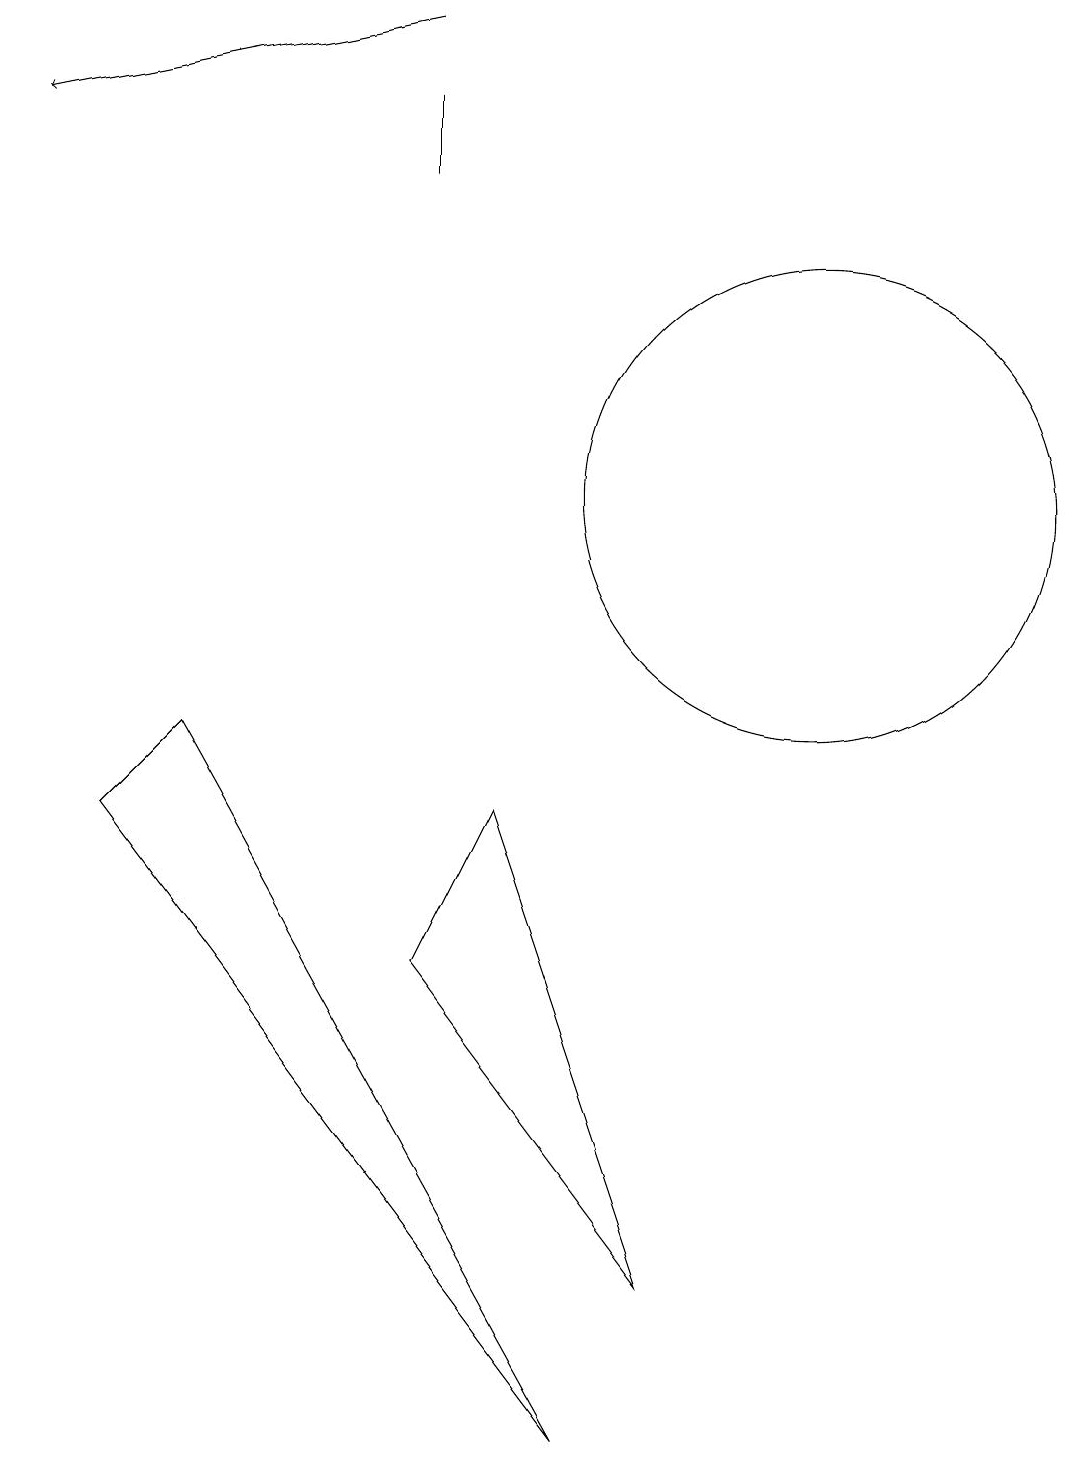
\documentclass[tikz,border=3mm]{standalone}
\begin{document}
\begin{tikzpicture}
\draw (1,8) -- (2,9) -- (7,0) -- cycle;
\draw[->] (5,18) -- (0,17);
\draw (11,10) circle (0);
\draw (5,6) -- (8,2) -- (6,8) -- cycle;
\draw (10,12) circle (3);
\draw (5,17) rectangle (5,16);
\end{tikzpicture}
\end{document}